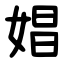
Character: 娼